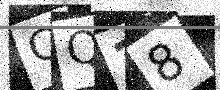
Text: CQ28